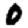
Digit: 0